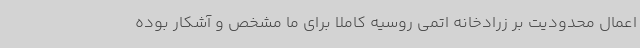
اعمال محدودیت بر زرادخانه اتمی روسیه کاملا برای ما مشخص و آشکار بوده